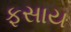
ફસાય